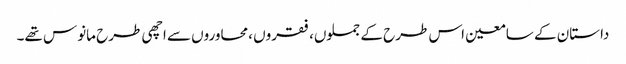
داستان کے سامعین اس طرح کے جملوں، فقروں ،محاوروں سے اچھی طرح مانوس تھے۔